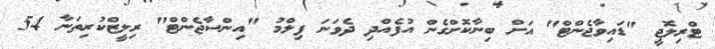
ޓްރިލޮޖީ "ޑައިވާޖެންޓް" އަށް ބިނާކޮށްގެން އުފެއްދި ދެވަނަ ފިލްމު "އިންސާޖެންޓް" ރިލީޒްކުރިތަނާ 54